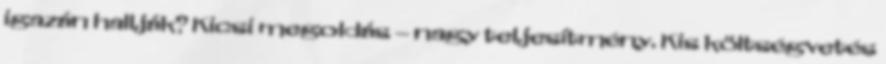
igazán hallják? Kicsi megoldás – nagy teljesítmény. Kis költségvetés